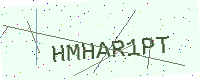
Text: HMHAR1PT